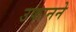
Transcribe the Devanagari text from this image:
उफानने